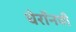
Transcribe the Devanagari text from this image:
चेरॉनची